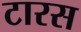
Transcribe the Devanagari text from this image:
टारस